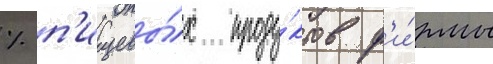
% п'ищевы́х проду́ктов ф'и́рмы